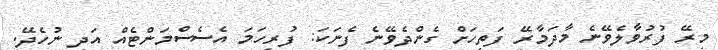
މިރޭ ފުރުވާލެވޭނެ މާދަމާރޭ ފަތިހަށް ގެންދެވޭނެ ފެނަކަ: ފުރިހަމަ އެސެސްމަންޓެއް އަދި ނުހެދޭ.